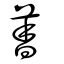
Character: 萫